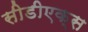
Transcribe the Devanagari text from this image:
सीडीएक्स